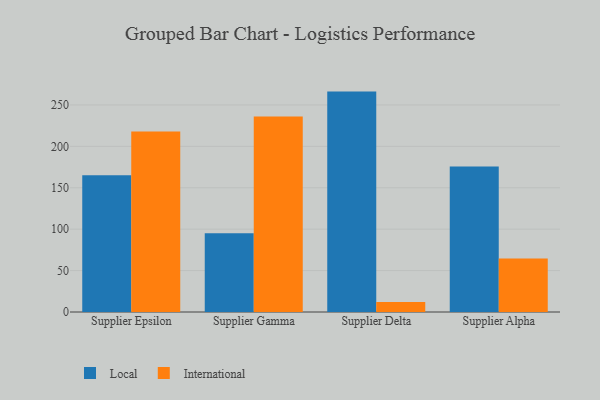
{"axis": {"x": "Supplier", "y": "Satisfaction Score"}, "legend": ["International", "Local"], "data": [{"x": "Supplier Epsilon", "y": 165.2, "type": "Local"}, {"x": "Supplier Epsilon", "y": 217.9, "type": "International"}, {"x": "Supplier Gamma", "y": 95.2, "type": "Local"}, {"x": "Supplier Gamma", "y": 236.0, "type": "International"}, {"x": "Supplier Delta", "y": 266.1, "type": "Local"}, {"x": "Supplier Delta", "y": 12.2, "type": "International"}, {"x": "Supplier Alpha", "y": 175.8, "type": "Local"}, {"x": "Supplier Alpha", "y": 64.6, "type": "International"}]}